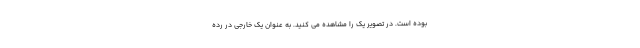
بوده است. در تصویر یک را مشاهده می کنید. به عنوان یک خارجی در رده